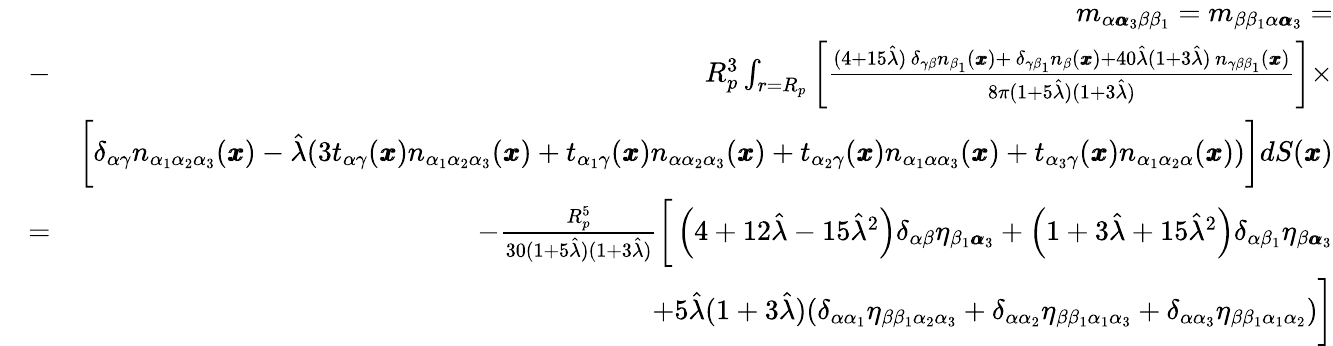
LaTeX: \begin{array}{rlr}&{}&{m_{\alpha{\pmb\alpha}_{3}\beta\beta_{1}}=m_{\beta\beta_{1}\alpha{\pmb\alpha}_{3}}=}\\ &{-}&{R_{p}^{3}\int_{r=R_{p}}\left[\frac{(4+15\hat{\lambda})\, \delta_{\gamma\beta}n_{\beta_{1}}({\pmb x})+\, \delta_{\gamma\beta_{1}}n_{\beta}({\pmb x})+40\hat{\lambda}(1+3\hat{\lambda})\, n_{\gamma\beta\beta_{1}}({\pmb x})}{8\pi(1+5\hat{\lambda})(1+3\hat{\lambda})}\right]\times}\\ &{}&{\bigg[\delta_{\alpha\gamma}n_{\alpha_{1}\alpha_{2}\alpha_{3}}({\pmb x})-\hat{\lambda}(3t_{\alpha\gamma}({\pmb x})n_{\alpha_{1}\alpha_{2}\alpha_{3}}({\pmb x})+t_{\alpha_{1}\gamma}({\pmb x})n_{\alpha\alpha_{2}\alpha_{3}}({\pmb x})+t_{\alpha_{2}\gamma}({\pmb x})n_{\alpha_{1}\alpha\alpha_{3}}({\pmb x})+t_{\alpha_{3}\gamma}({\pmb x})n_{\alpha_{1}\alpha_{2}\alpha}({\pmb x}))\bigg]dS({\pmb x})}\\ &{=}&{-\frac{R_{p}^{5}}{30(1+5\hat{\lambda})(1+3\hat{\lambda})}\bigg[\left(4+12\hat{\lambda}-15\hat{\lambda}^{2}\right)\delta_{\alpha\beta}\eta_{\beta_{1}{\pmb\alpha}_{3}}+\left(1+3\hat{\lambda}+15\hat{\lambda}^{2}\right)\delta_{\alpha\beta_{1}}\eta_{\beta{\pmb\alpha}_{3}}}\\ &{}&{+5\hat{\lambda}(1+3\hat{\lambda})(\delta_{\alpha\alpha_{1}}\eta_{\beta\beta_{1}\alpha_{2}\alpha_{3}}+\delta_{\alpha\alpha_{2}}\eta_{\beta\beta_{1}\alpha_{1}\alpha_{3}}+\delta_{\alpha\alpha_{3}}\eta_{\beta\beta_{1}\alpha_{1}\alpha_{2}})\bigg]}\end{array}